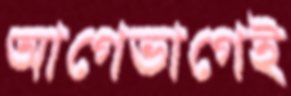
আগেভাগেই